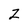
Character: Z